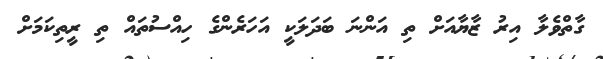
ގާތްވެލާ އިރު ޒާޔާއަށް ތި އަންނަ ބަދަލަކީ އަހަރެންގެ ހިއްސުތައް ތި ރީތިކަމަށް